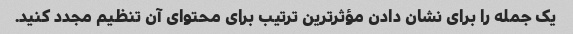
یک جمله را برای نشان دادن مؤثرترین ترتیب برای محتوای آن تنظیم مجدد کنید.